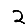
Digit: 2